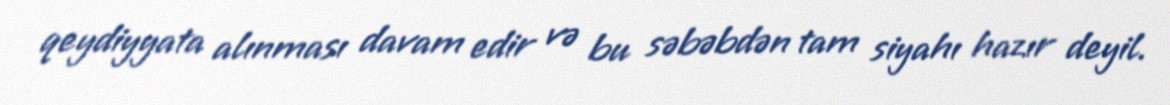
qeydiyyata alınması davam edir və bu səbəbdən tam siyahı hazır deyil.